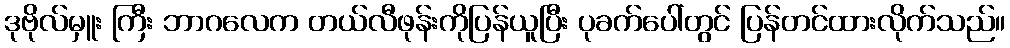
ဒုဗိုလ်မှူး ကြီး ဘာဂလေက တယ်လီဖုန်းကိုပြန်ယူပြီး ပုခက်ပေါ်တွင် ပြန်တင်ထားလိုက်သည်။